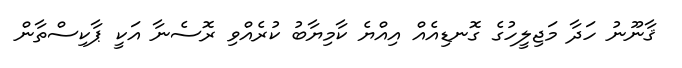
ޤާނޫނު ހަދާ މަޖިލީހުގެ ގޮނޑިއެއް އިއްޔެ ކާމިޔާބު ކުރެއްވި ރޮސެނާ އަކީ ޕާކިސްތާން